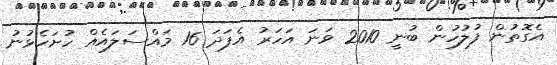
އެގޮތުން ފުލުހުން ބުނީ 2010 ވަނަ އަހަރު އެފަދަ 16 މައްސަލައެއް ހުށަހެޅުނު